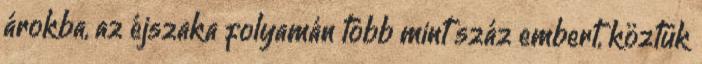
árokba, az éjszaka folyamán több mint száz embert, köztük